65_HS1-834228961_62-HQ-83894_Serial_130
Agency: FBI
Page 20
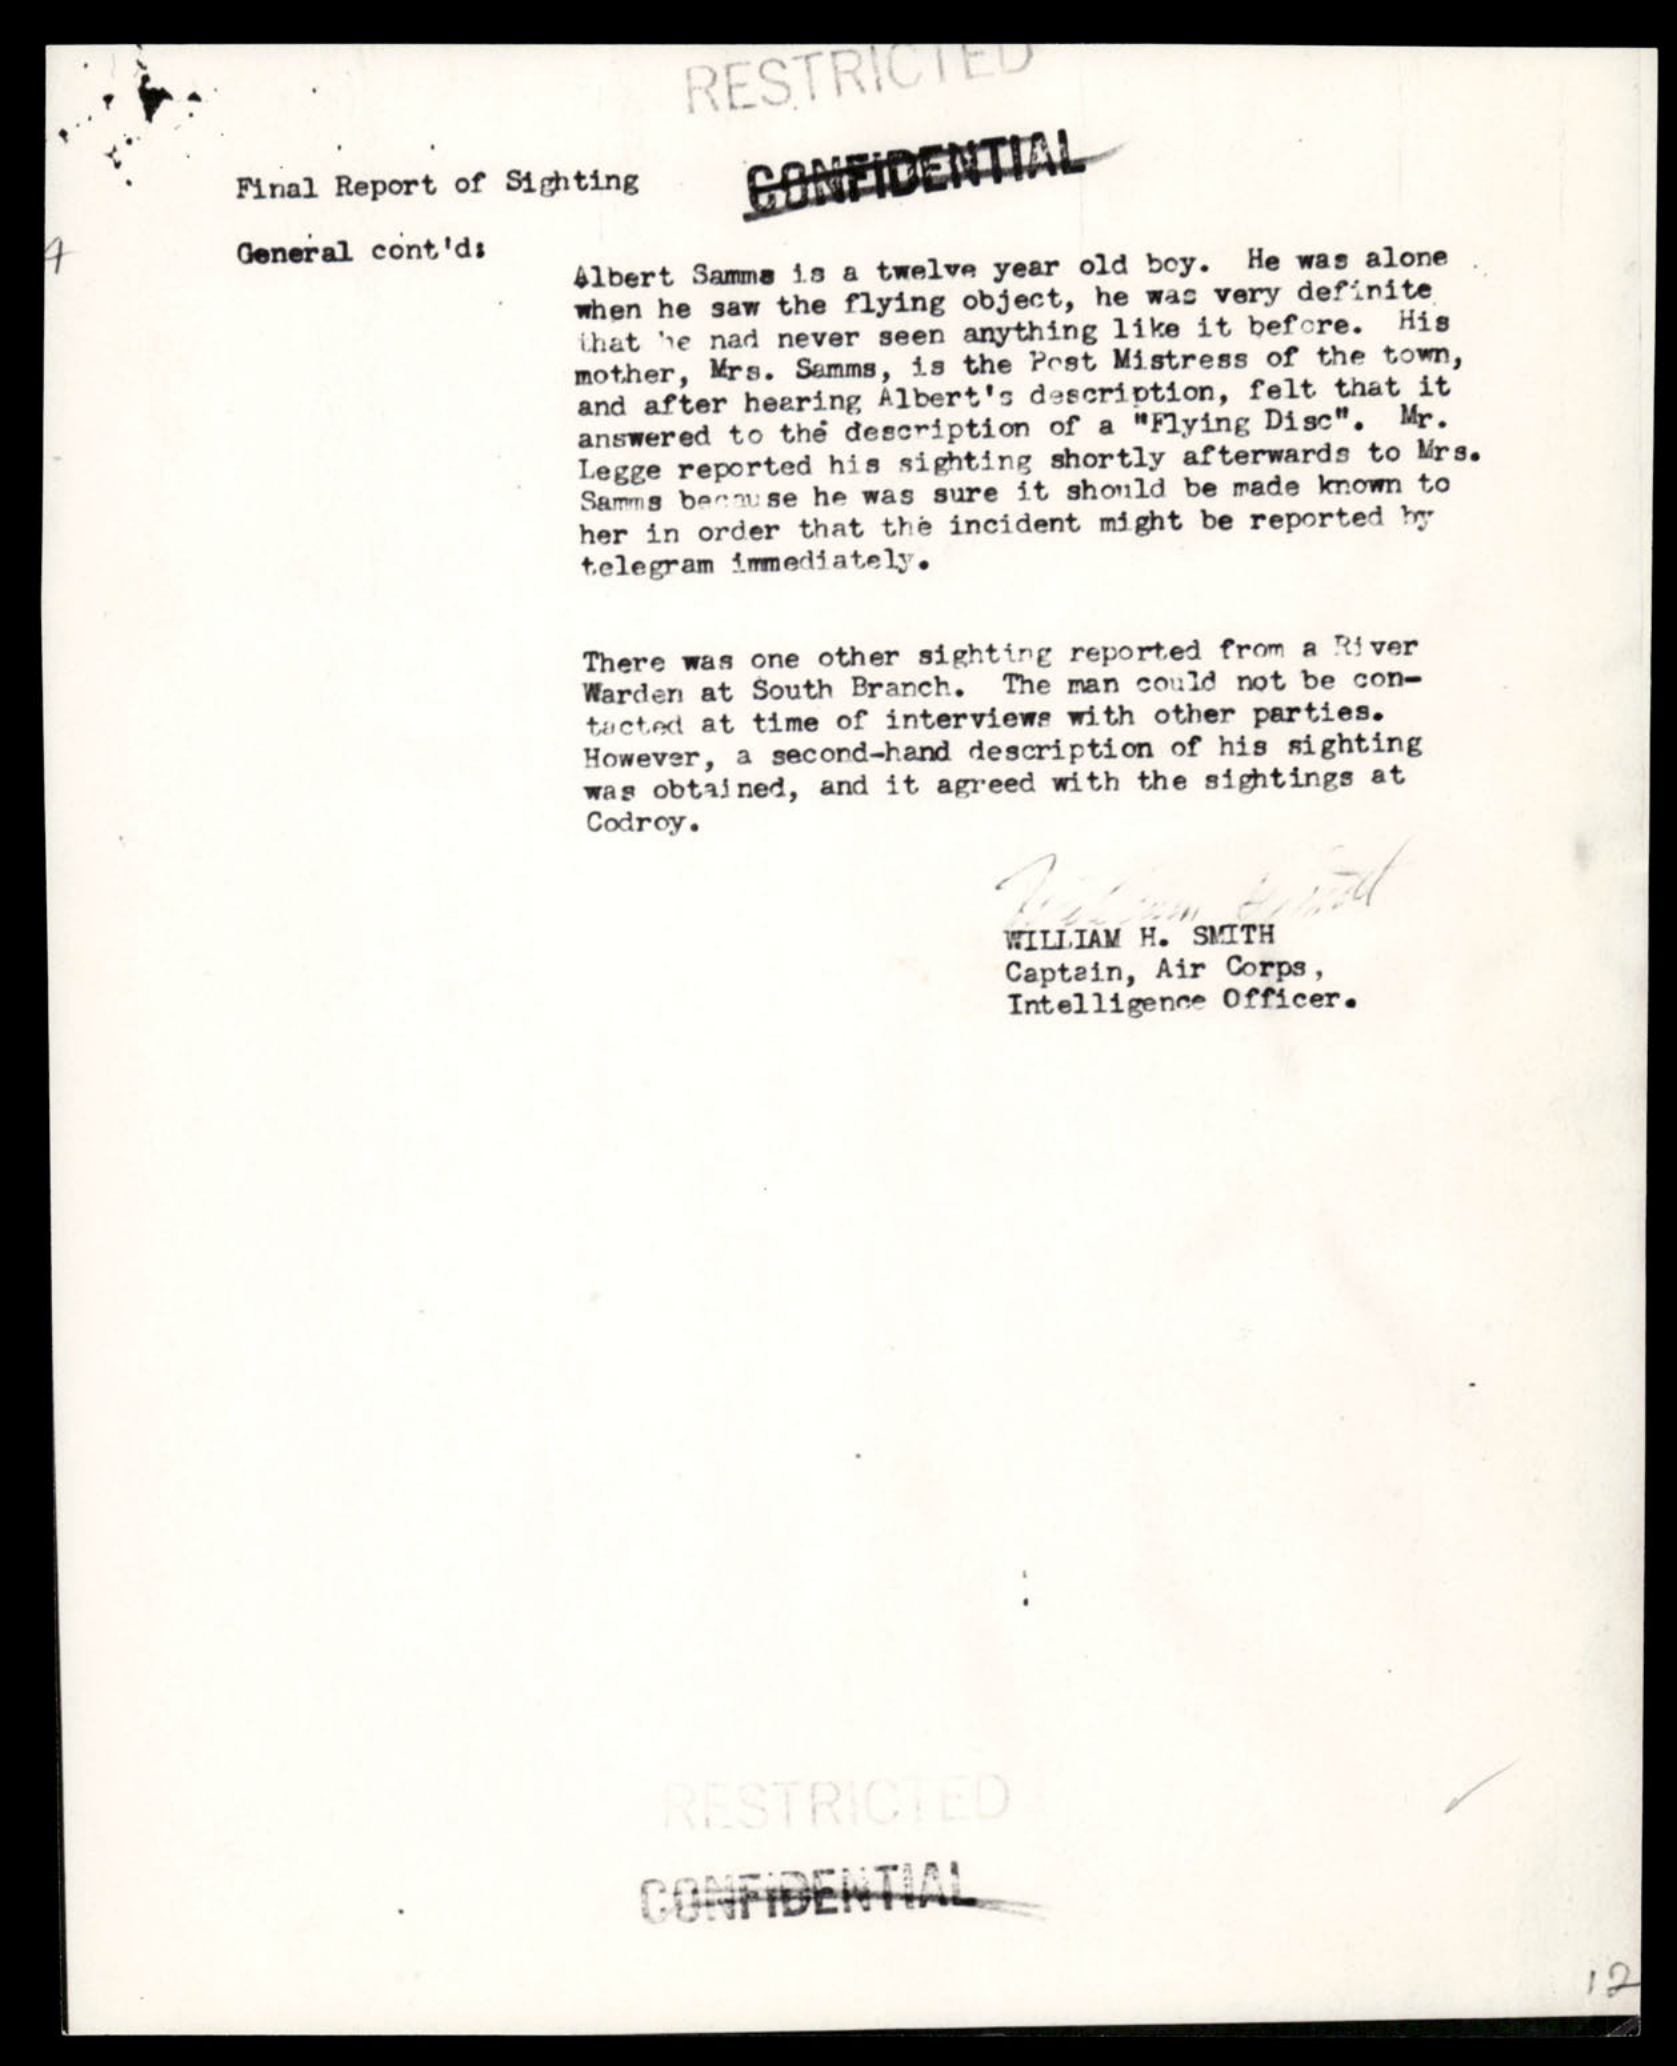